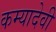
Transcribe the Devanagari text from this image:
कम्यादेवी